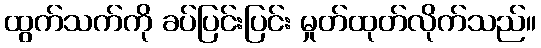
ထွက်သက်ကို ခပ်ပြင်းပြင်း မှုတ်ထုတ်လိုက်သည်။